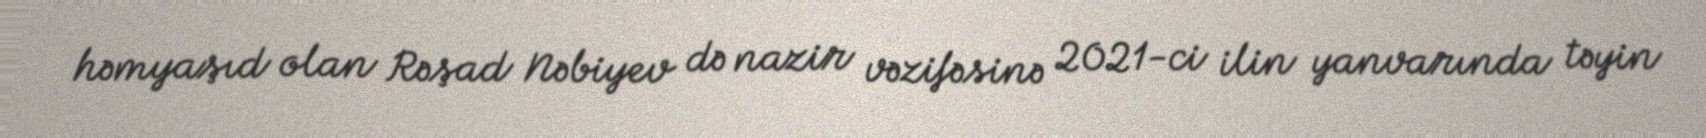
həmyaşıd olan Rəşad Nəbiyev də nazir vəzifəsinə 2021-ci ilin yanvarında təyin